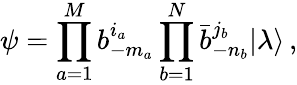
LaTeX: \psi=\prod_{a=1}^{M}b_{-m_{a}}^{i_{a}}\prod_{b=1}^{N}\bar{b}_{-n_{b}}^{j_{b}}|\lambda\rangle\, ,